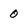
Character: 0